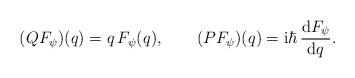
LaTeX: \begin{align*}(QF_{\psi})(q)=q\,F_{\psi}(q), \qquad (PF_{\psi})(q)={\rm i}\hbar\,{{\rm d} F_{\psi}\over {\rm d} q}.\end{align*}